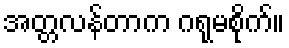
အတ္တလန်တာက ဂရုမစိုက်။